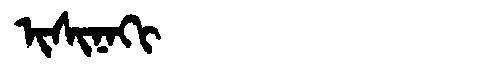
Manchu: ᡳᠰᡳᠨᠠᡴᡳ
Romanization: ISINAKI